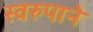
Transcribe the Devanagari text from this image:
स्वरुपाने